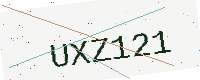
Text: UXZ121